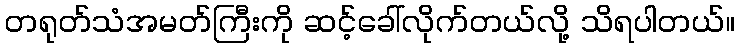
တရုတ်သံအမတ်ကြီးကို ဆင့်ခေါ်လိုက်တယ်လို့ သိရပါတယ်။